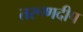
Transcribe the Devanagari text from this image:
तरूणदीप